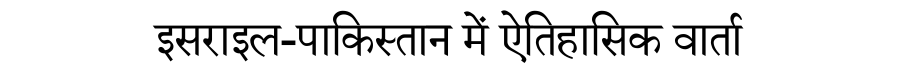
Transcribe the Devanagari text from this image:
इसराइल-पाकिस्तान में ऐतिहासिक वार्ता